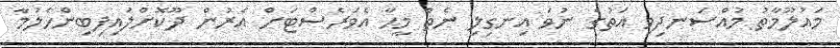
މައުލޫމާތު މުއްސަނދިވި އަތުގެ ނުވަ އިނގިލި ނެތް މީހާ އެވަރެސްޓަށް އެރުން ދޫކޮށްލައިފިބިންހެލުމާ